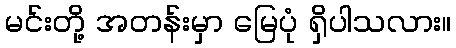
မင်းတို့ အတန်းမှာ မြေပုံ ရှိပါသလား။